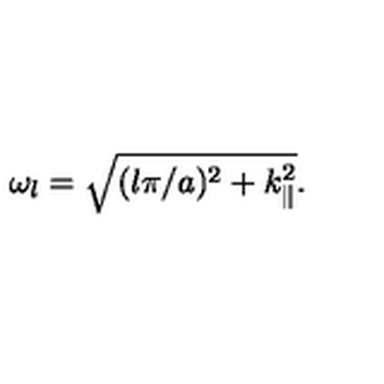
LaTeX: \omega _ { l } = \sqrt { ( l \pi / a ) ^ { 2 } + k _ { \| } ^ { 2 } } .